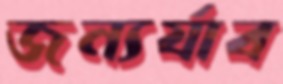
জন্যর্যাব